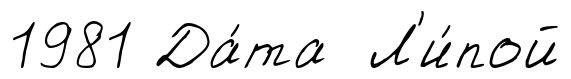
1981 Да́та Л'и́пой